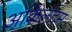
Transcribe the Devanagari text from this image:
अकिलंदम